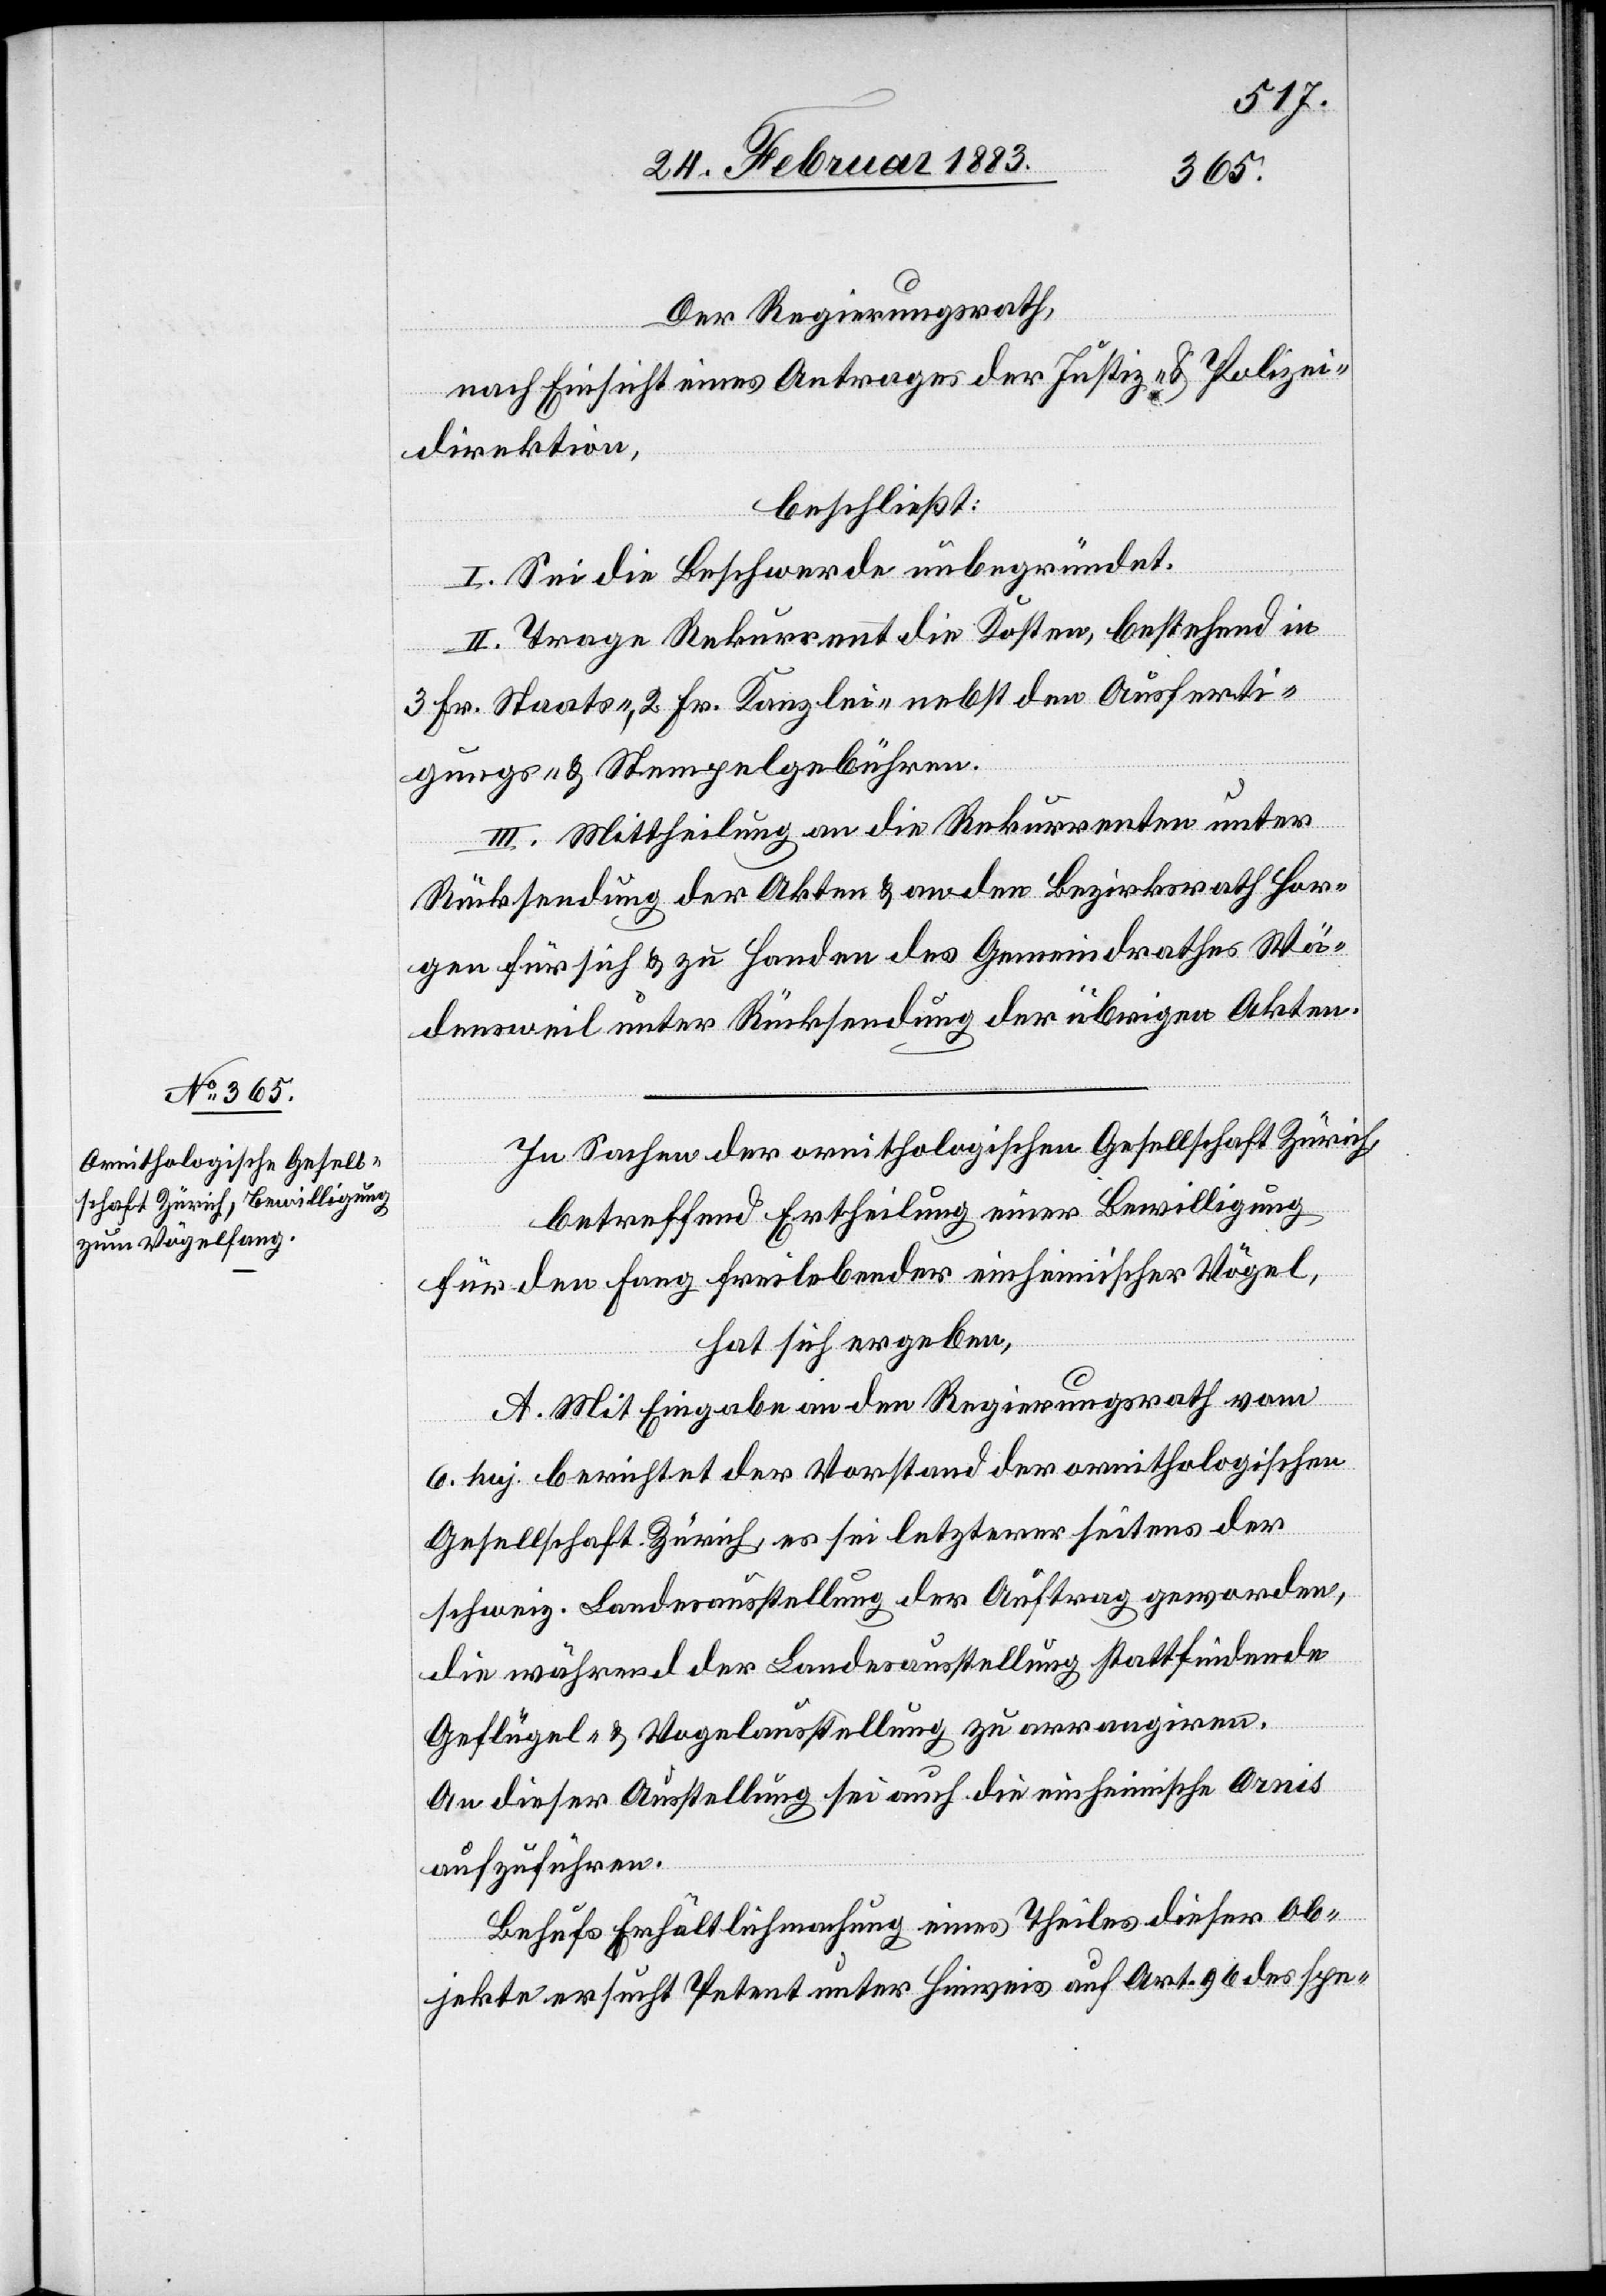
Der Regierungsrath,
nach Einsicht eines Antrages der Justiz- & Polizei¬
direktion,
beschließt:
I. Sei die Beschwerde unbegründet.
II. Trage Rekurrent die Kosten, bestehend in
3 Fr. Staats-, 2 Fr. Kanzlei- nebst den Ausferti¬
gungs- & Stempelgebühren.
III. Mittheilung an die Rekurrenten unter
Rücksendung der Akten & an den Bezirksrath Hor¬
gen für sich & zu Handen des Gemeindrathes Wä¬
densweil unter Rücksendung der übrigen Akten.
In Sachen der ornithologischen Gesellschaft Zürich,
betreffend Ertheilung einer Bewilligung
für den Fang freilebender einheimischer Vögel,
hat sich ergeben:
A. Mit Eingabe an den Regierungsrath vom
6. huj. berichtet der Vorstand der ornithologischen
Gesellschaft Zürich, es sei letzterer seitens der
schweiz. Landesausstellung der Auftrag geworden,
die während der Landesausstellung stattfindende
Geflügel- & Vogelausstellung zu arrangiren.
An dieser Ausstellung sei auch die einheimische Ornis
aufzuführen.
Behufs Erhältlichmachung eines Theiles dieser Ob¬
jekte ersucht Petent unter Hinweis auf Art. 9 des spe-